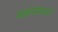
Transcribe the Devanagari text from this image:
यक्षराजाने